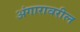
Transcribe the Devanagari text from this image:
अंगारावरील